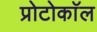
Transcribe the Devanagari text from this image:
प्रोटोकाॅल